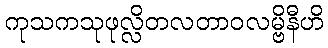
ကုသကသုဖုလ္လိတလတာဝလမ္ဗိနီဟိ